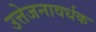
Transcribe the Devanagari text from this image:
उत्तेजनावर्धक